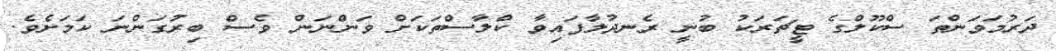
ދަރުމަވަންތަ ސްކޫލްގެ ޓީޗަރަކު ބުނީ ރެނދުލާފައިވާ ކްލާސްތަކަށް ވަންނަން ވެސް ބިރުގަންނަ ކަމަށެވެ.